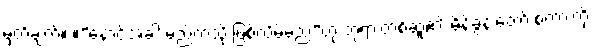
မှတ်ချက်။ ။”နောင်အခါ မည်ကဲ့သို့ ဖြစ်လိမ့်မည်”ဟု ဘုရားတစ်ဆူ၏ မိန့်ခွန်းတော် စကားကို